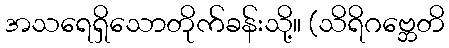
အသရေရှိသောတိုက်ခန်းသို့။ (သိရိဂဗ္ဘေတိ